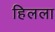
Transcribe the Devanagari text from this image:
हिलला